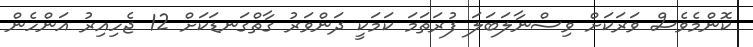
ކޮންމެވެސް ވަރަކަށް ވިސްނާލަބަލަ ފުރަތަމަ ކަމަކީ ދަންވަރު ގާތްގަނޑަކަށް 12 ޖެހިއިރު އަންހެން